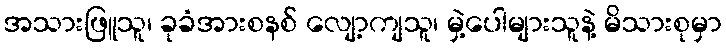
အသားဖြူသူ၊ ခုခံအားစနစ် လျော့ကျသူ၊ မှဲ့ပေါများသူနဲ့ မိသားစုမှာ